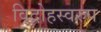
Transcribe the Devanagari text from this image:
विद्रोहस्वरुप